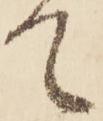
て